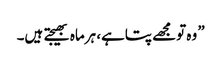
” وہ تومجھے پتاہے، ہرماہ بھیجتے ہیں۔